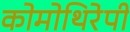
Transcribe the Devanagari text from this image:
कोमोथिरेपी